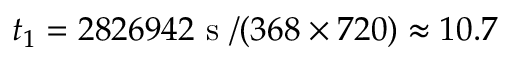
t _ { 1 } = 2 8 2 6 9 4 2 \mathrm { ~ s ~ } / ( 3 6 8 \times 7 2 0 ) \approx 1 0 . 7